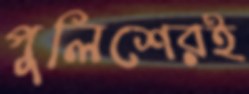
পুলিশেরই